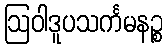
ဩဝါဒူပသင်္ကမနဉ္စ